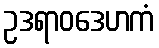
ဥဒရာဝဒေဟကံ